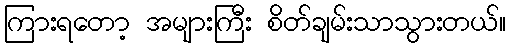
ကြားရတော့ အများကြီး စိတ်ချမ်းသာသွားတယ်။